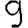
Digit: 9